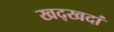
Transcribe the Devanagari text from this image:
खद्खदां